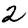
Digit: 2